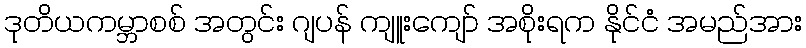
ဒုတိယကမ္ဘာစစ် အတွင်း ဂျပန် ကျူးကျော် အစိုးရက နိုင်ငံ အမည်အား